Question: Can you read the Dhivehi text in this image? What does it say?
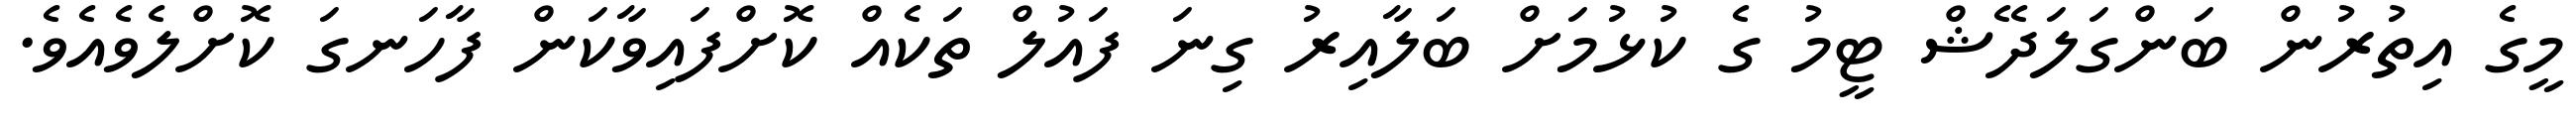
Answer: މީގެ އިތުރުން ބަންގަލަދޭޝް ޓީމު ގެ ކުޅުމަށް ބަލާއިރު ގިނަ ފައުލް ތަކެއް ކޮށްފައިވާކަން ފާހަނގަ ކޮށްލެވެއެވެ.